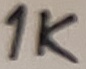
Text: 1K